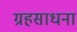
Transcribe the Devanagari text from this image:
ग्रहसाधना